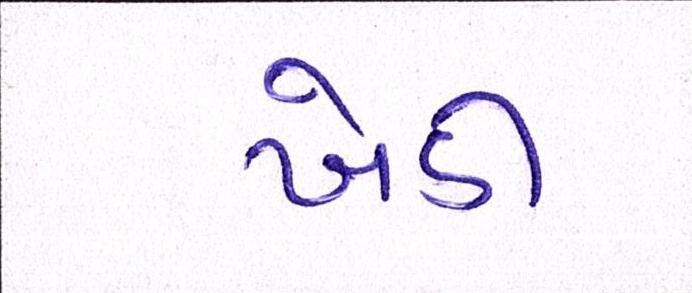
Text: ખેડી